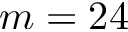
m = 2 4